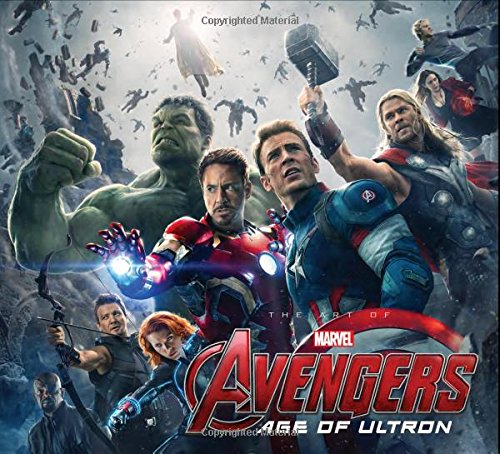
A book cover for Marvel's Avengers: Age of Ultron: The Art of the Movie Slipcase; Marvel Comics; Arts & Photography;